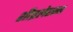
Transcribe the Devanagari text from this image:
शीघ्रलेखन